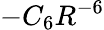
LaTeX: -C_{6}R^{-6}